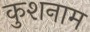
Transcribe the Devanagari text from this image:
कुशनाम